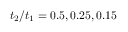
t _ { 2 } / t _ { 1 } = 0 . 5 , 0 . 2 5 , 0 . 1 5